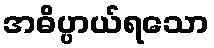
အဓိပ္ပာယ်ရသော